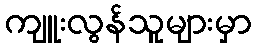
ကျူးလွန်သူများမှာ